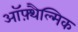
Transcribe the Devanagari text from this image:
ऑफ़्थैल्मिक